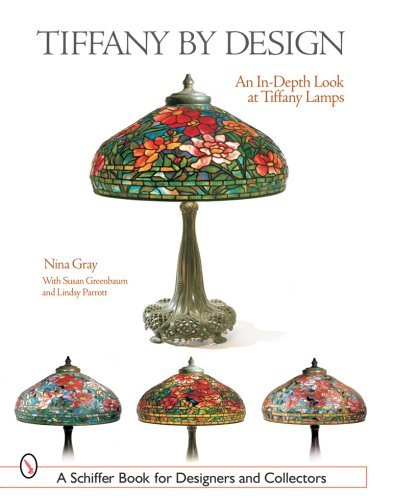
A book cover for Tiffany by Design: An In-Depth Look at Tiffany Lamps (Schiffer Book for Designers & Collectors); Nina Gray; Crafts, Hobbies & Home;